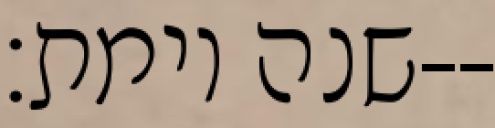
שנה וימת׃--